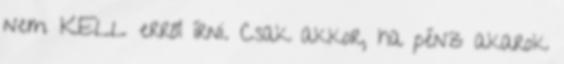
nem KELL erről írni. Csak akkor, ha pénz akarok